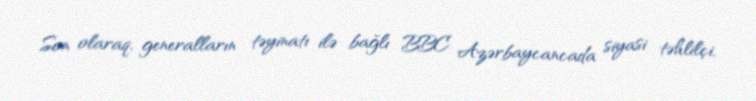
Son olaraq, generalların təyinatı ilə bağlı BBC Azərbaycancada siyasi təhlilçi,